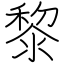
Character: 黎